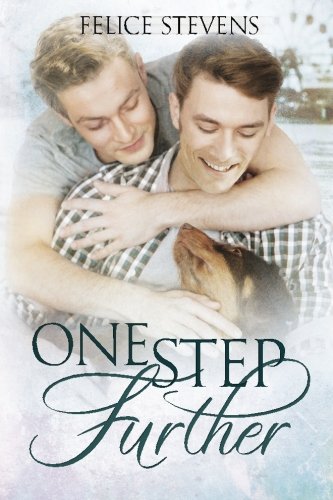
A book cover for One Step Further; Felice Stevens; Romance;